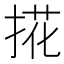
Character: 𢯘